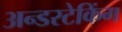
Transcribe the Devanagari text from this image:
अन्डरटेकिंग